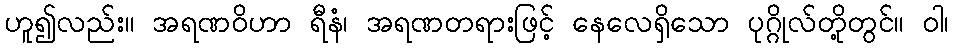
ဟူ၍လည်း။ အရဏဝိဟာ ရီနံ၊ အရဏတရားဖြင့် နေလေရှိသော ပုဂ္ဂိုလ်တို့တွင်။ ဝါ၊